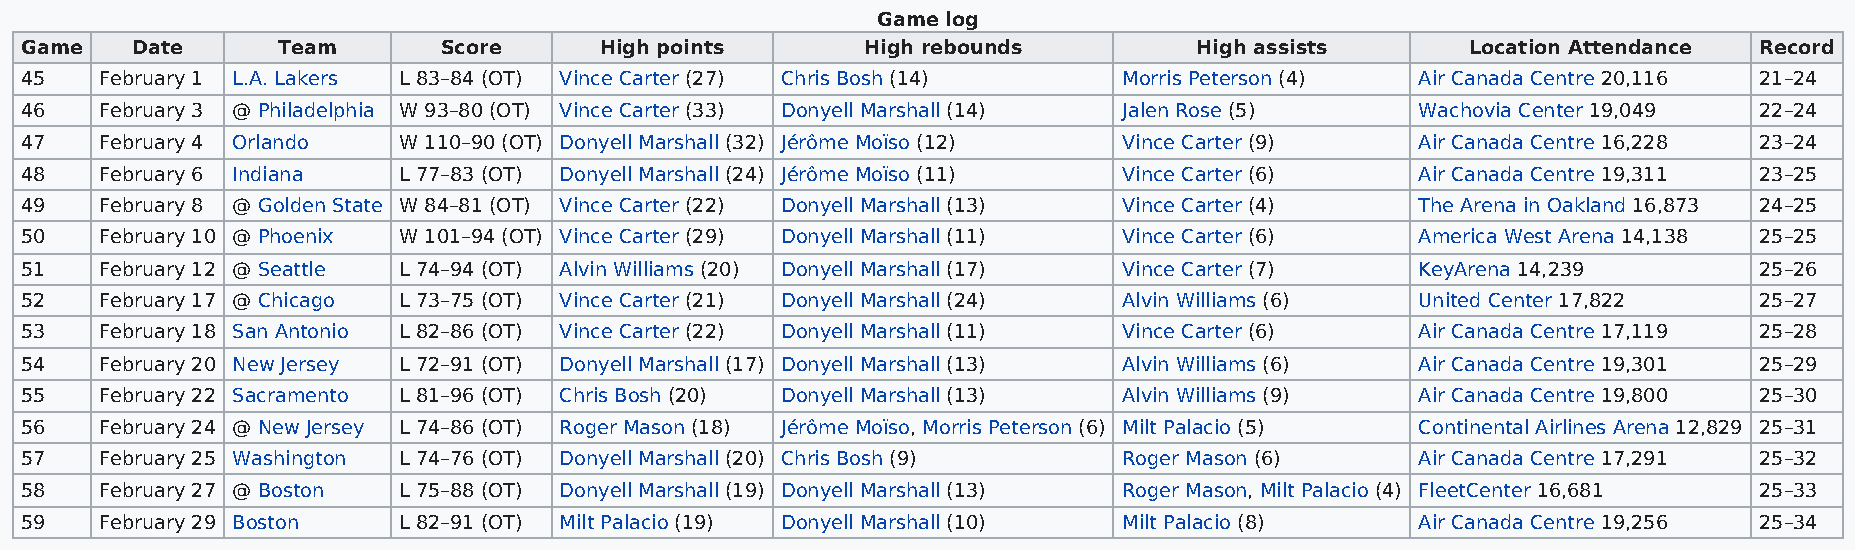
Game log
 Game    Date     Team       Score      High points      High rebounds         High assists      Location Attendance Record
 45    February 1 L.A. Lakers L 83–84 (OT) Vince Carter (27) Chris Bosh (14) Morris Peterson (4) Air Canada Centre 20,116 21–24
 46    February 3 @ Philadelphia W 93–80 (OT) Vince Carter (33) Donyell Marshall (14) Jalen Rose (5) Wachovia Center 19,049 22–24
 47    February 4 Orlando W 110–90 (OT) Donyell Marshall (32) Jérôme Moïso (12) Vince Carter (9) Air Canada Centre 16,228 23–24
 48    February 6 Indiana L 77–83 (OT) Donyell Marshall (24) Jérôme Moïso (11) Vince Carter (6) Air Canada Centre 19,311 23–25
 49    February 8 @ Golden State W 84–81 (OT) Vince Carter (22) Donyell Marshall (13) Vince Carter (4) The Arena in Oakland 16,873 24–25
 50    February 10 @ Phoenix W 101–94 (OT) Vince Carter (29) Donyell Marshall (11) Vince Carter (6) America West Arena 14,138 25–25
 51    February 12 @ Seattle L 74–94 (OT) Alvin Williams (20) Donyell Marshall (17) Vince Carter (7) KeyArena 14,239 25–26
 52    February 17 @ Chicago L 73–75 (OT) Vince Carter (21) Donyell Marshall (24) Alvin Williams (6) United Center 17,822 25–27
 53    February 18 San Antonio L 82–86 (OT) Vince Carter (22) Donyell Marshall (11) Vince Carter (6) Air Canada Centre 17,119 25–28
 54    February 20 New Jersey L 72–91 (OT) Donyell Marshall (17) Donyell Marshall (13) Alvin Williams (6) Air Canada Centre 19,301 25–29
 55    February 22 Sacramento L 81–96 (OT) Chris Bosh (20) Donyell Marshall (13) Alvin Williams (9) Air Canada Centre 19,800 25–30
 56    February 24 @ New Jersey L 74–86 (OT) Roger Mason (18) Jérôme Moïso, Morris Peterson (6) Milt Palacio (5) Continental Airlines Arena 12,829 25–31
 57    February 25 Washington L 74–76 (OT) Donyell Marshall (20) Chris Bosh (9) Roger Mason (6) Air Canada Centre 17,291 25–32
 58    February 27 @ Boston L 75–88 (OT) Donyell Marshall (19) Donyell Marshall (13) Roger Mason, Milt Palacio (4) FleetCenter 16,681 25–33
 59    February 29 Boston L 82–91 (OT) Milt Palacio (19) Donyell Marshall (10) Milt Palacio (8) Air Canada Centre 19,256 25–34